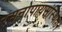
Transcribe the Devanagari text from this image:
रसनोपायसंस्थिता।